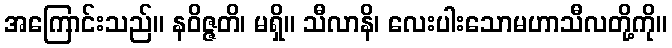
အကြောင်းသည်။ နဝိဇ္ဇတိ၊ မရှိ။ သီလာနိ၊ လေးပါးသောမဟာသီလတို့ကို။